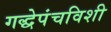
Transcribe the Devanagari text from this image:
गद्धेपंचविशी